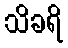
သိခရိ